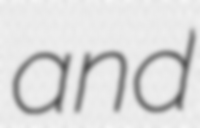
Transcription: and